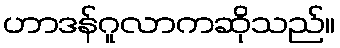
ဟာဒန်ဂူလာကဆိုသည်။